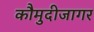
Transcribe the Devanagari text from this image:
कौमुदीजागर